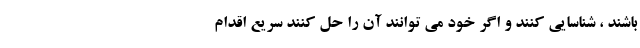
باشند ، شناسایی کنند و اگر خود می توانند آن را حل کنند سریع اقدام